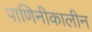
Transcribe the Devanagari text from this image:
पाणिनीकालीन